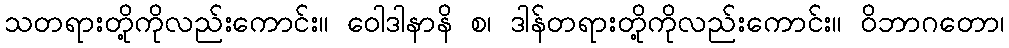
သတရားတို့ကိုလည်းကောင်း။ ဝေါဒါနာနိ စ၊ ဒါန်တရားတို့ကိုလည်းကောင်း။ ဝိဘာဂတော၊